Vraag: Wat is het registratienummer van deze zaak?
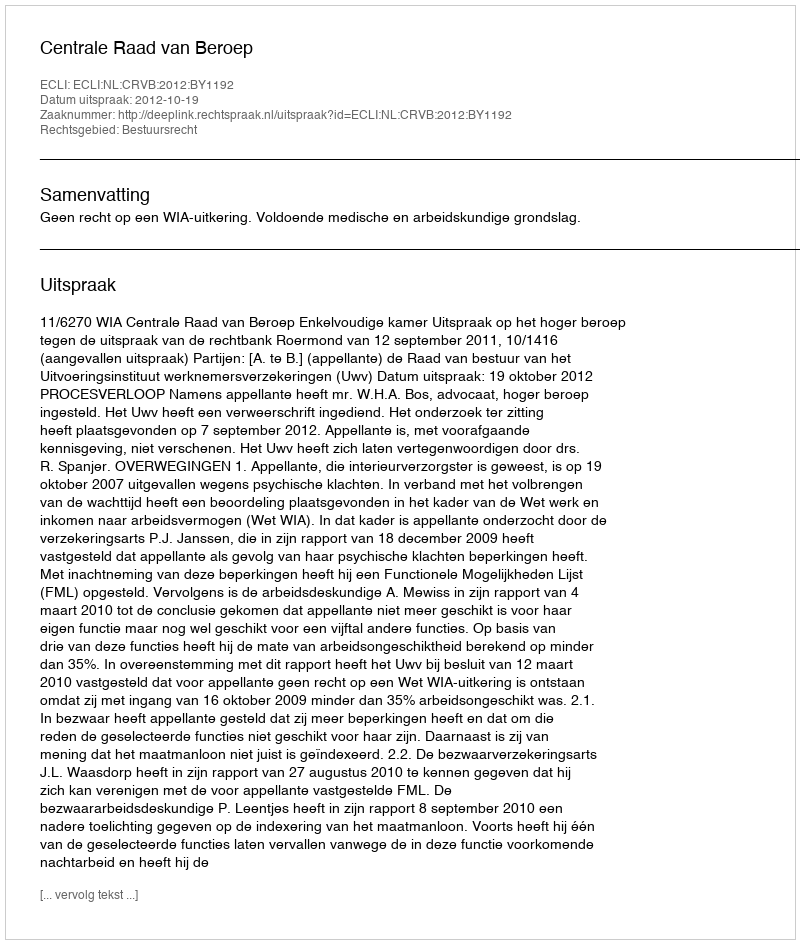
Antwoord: http://deeplink.rechtspraak.nl/uitspraak?id=ECLI:NL:CRVB:2012:BY1192